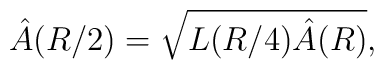
\hat A(R/2) = \sqrt{L(R/4) \hat A (R)},